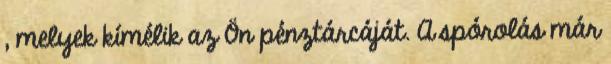
, melyek kímélik az Ön pénztárcáját. A spórolás már